65_HS1-834228961_62-HQ-83894_Serial_164
Agency: FBI
Page 22
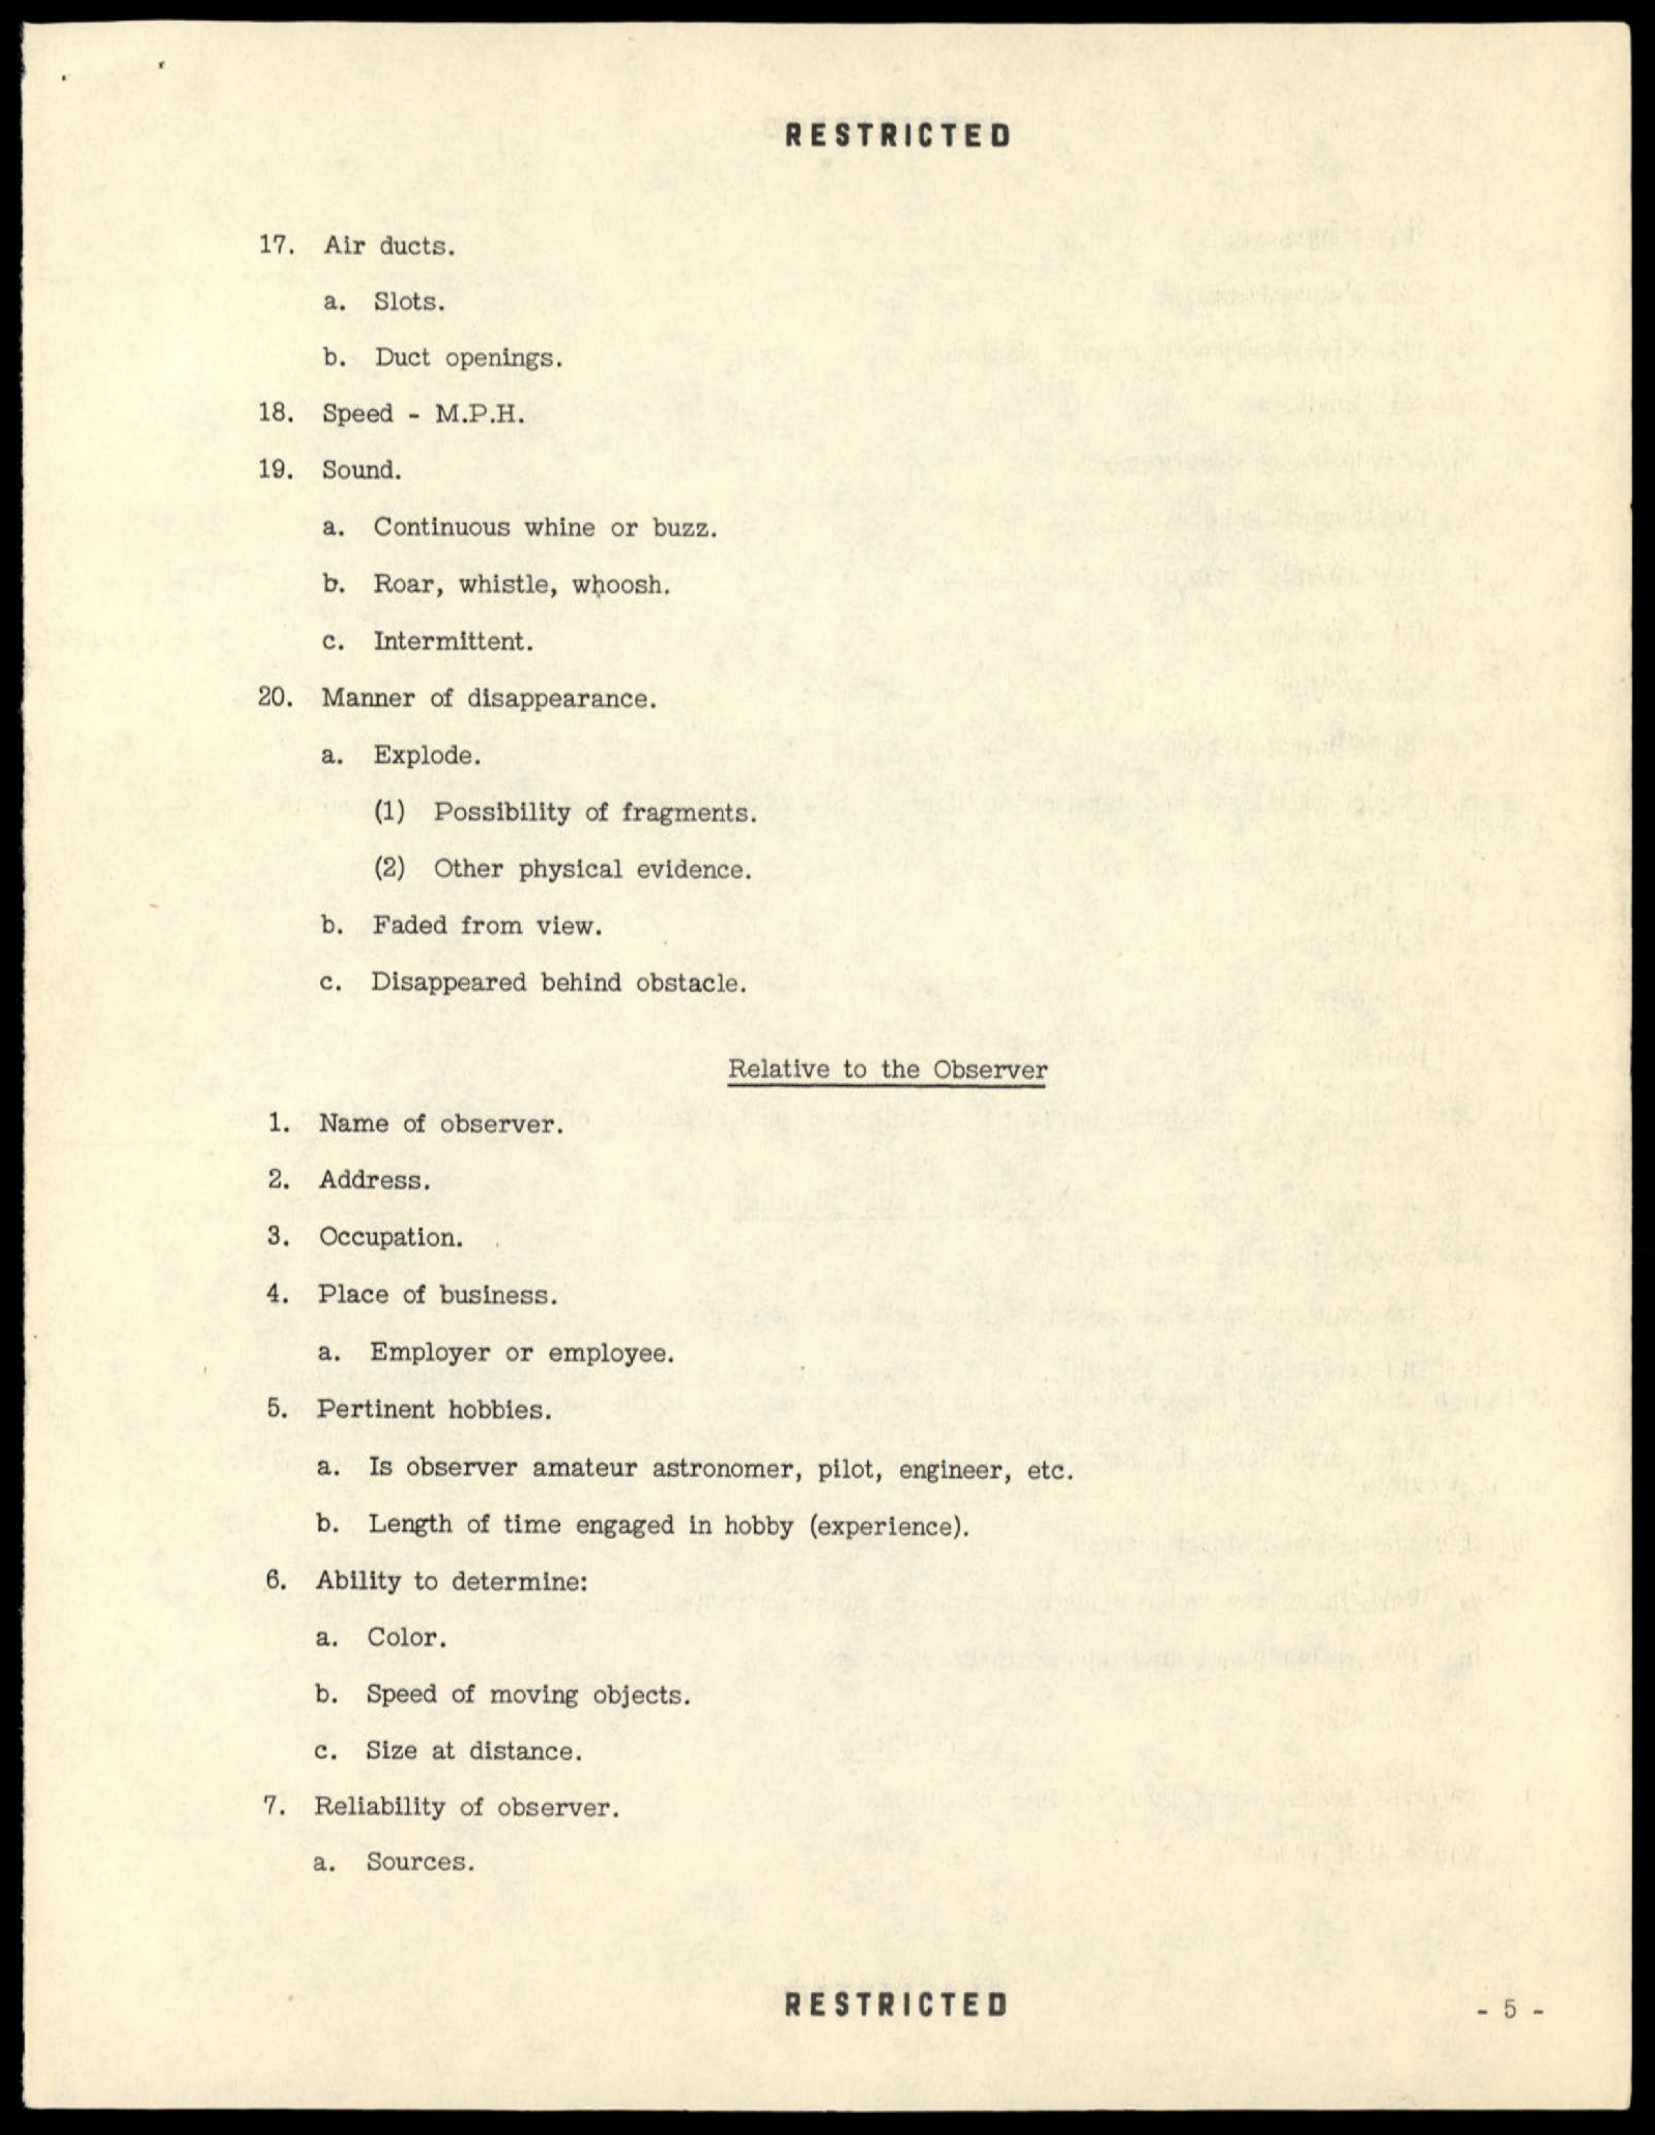